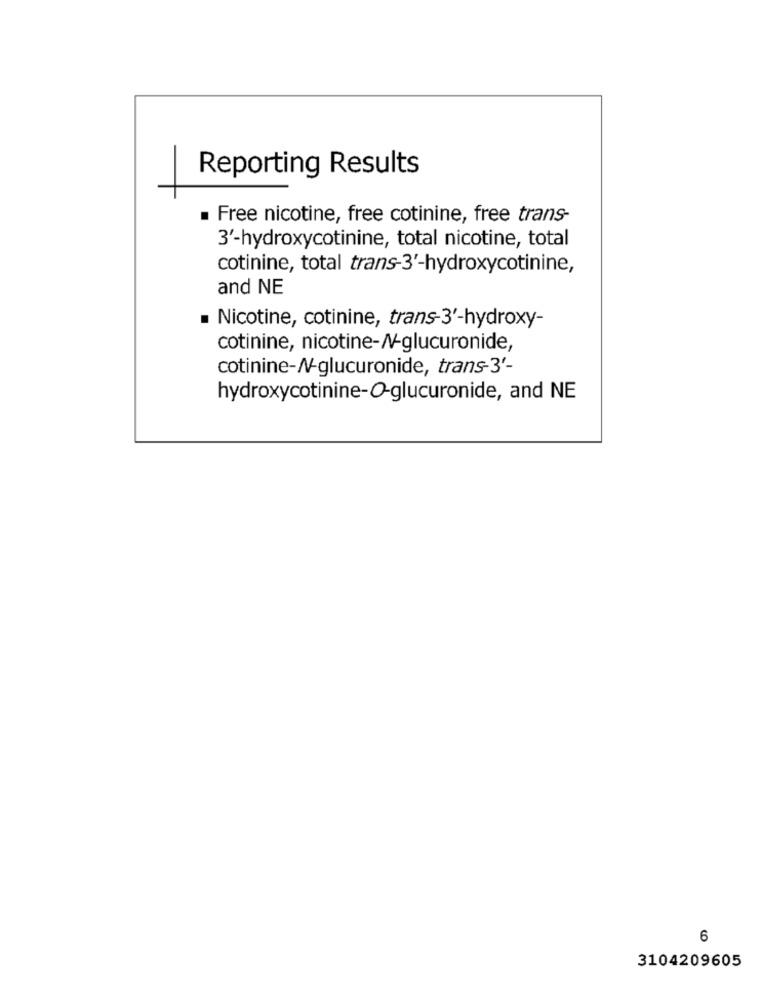
Reporting Results
. Free nicotine, free cotinine, free trans-
3'-hydroxycotinine, total nicotine, total
cotinine, total trans-3'-hydroxycotinine,
and NE
Nicotine, cotinine, trans- 3'-hydroxy-
cotinine, nicotine-A-glucuronide,
cotinine-N-glucuronide, trans-3'-
hydroxycotinine-O-glucuronide, and NE
6
3104209605